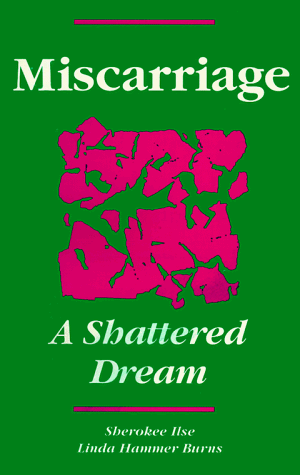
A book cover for Miscarriage: A Shattered Dream; Sherokee Ilse; Parenting & Relationships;